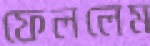
ফেললেম